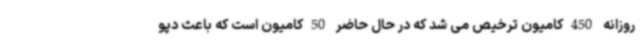
روزانه 450کامیون ترخیص می شد که در حال حاضر 50کامیون است که باعث دپو